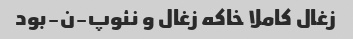
زغال کاملا خاکه زغال و نئوپ-ن-بود